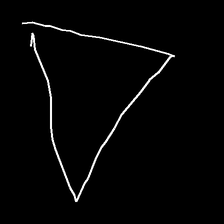
Glyph: convergence